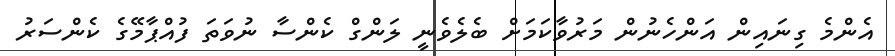
އެންމެ ގިނައިން އަންހެނުން މަރުވާކަމަށް ބެލެވެނީ ލަންގް ކެންސާ ނުވަތަ ފުއްޕާމޭގެ ކެންސަރު